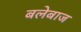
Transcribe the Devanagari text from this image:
बलेबाज